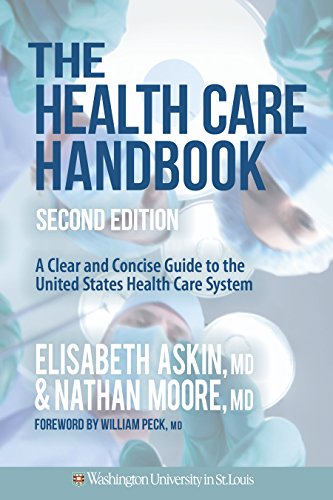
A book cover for The Health Care Handbook: A Clear and Concise Guide to the United States Health Care System, 2nd Edition; Elisabeth Askin ; Medical Books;